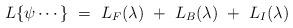
LaTeX: \begin{align*}L \{ \psi \cdots \} ~=~ L_F(\lambda) ~+~L_B(\lambda) ~+~L_I(\lambda)\end{align*}